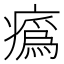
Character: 𤺉